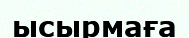
ысырмаға